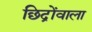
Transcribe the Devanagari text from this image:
छिद्रोंवाला